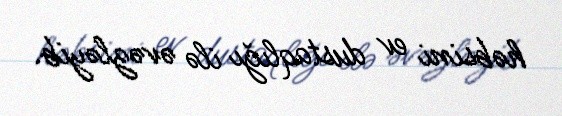
həbsini ev dustaqlığı ilə əvəzləyib.